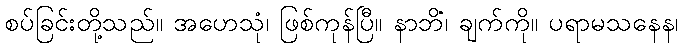
စပ်ခြင်းတို့သည်။ အဟေသုံ၊ ဖြစ်ကုန်ပြီ။ နာဘိံ၊ ချက်ကို။ ပရာမသနေန၊